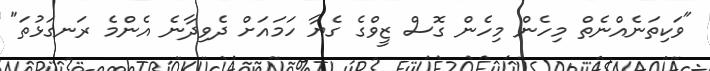
"ވަކިތަނެއްނެތް މިހެން މިހެން ގޮސް ޒީވްގެ ގެޔާ ހަމައަށް ދެވިދާނެ އެންމެ ރަނގަޅުތަ"